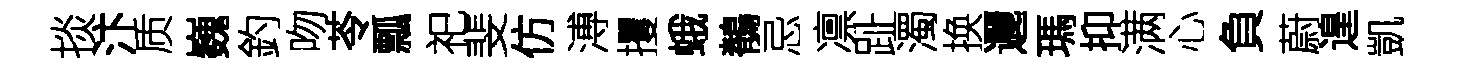
掞汴质巍釣吻苓瓢祀斐仿溥攫蛾鶺忌凛趾濁换邐瑪抑满心負蔚遑凱